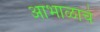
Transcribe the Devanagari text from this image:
आभाळाचे